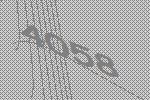
4058